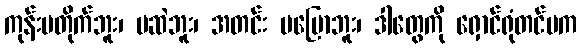
ကုန်းမတိုက်ဘူး၊ မဆဲဘူး၊ အတင်း မပြောဘူး၊ ဒါတွေကို ရှောင်ရုံတင်မက